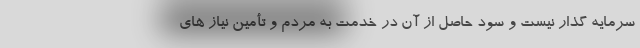
سرمایه گذار نیست و سود حاصل از آن در خدمت به مردم و تأمین نیاز های